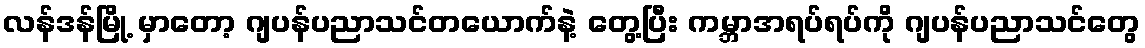
လန်ဒန်မြို့ မှာတော့ ဂျပန်ပညာသင်တယောက်နဲ့ တွေ့ပြီး ကမ္ဘာအရပ်ရပ်ကို ဂျပန်ပညာသင်တွေ